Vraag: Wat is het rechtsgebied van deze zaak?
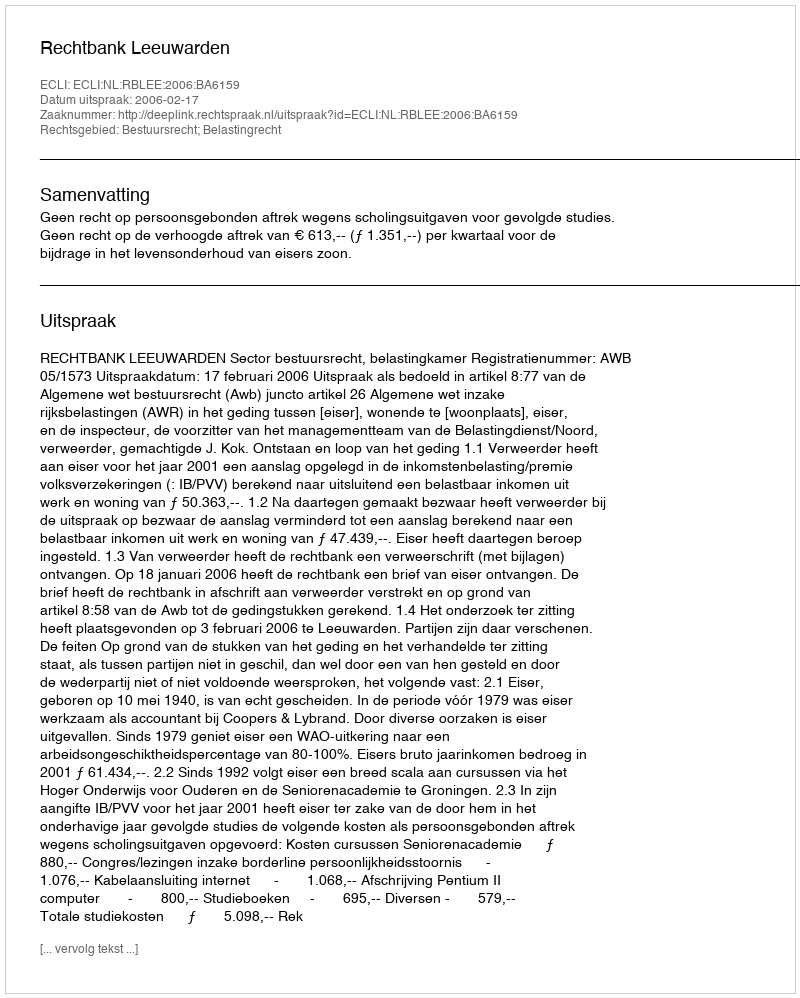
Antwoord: Bestuursrecht; Belastingrecht